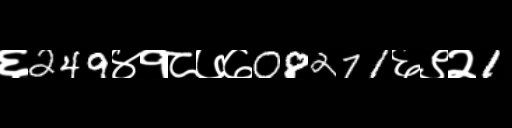
Text: ६249४१८७७08271६९२1